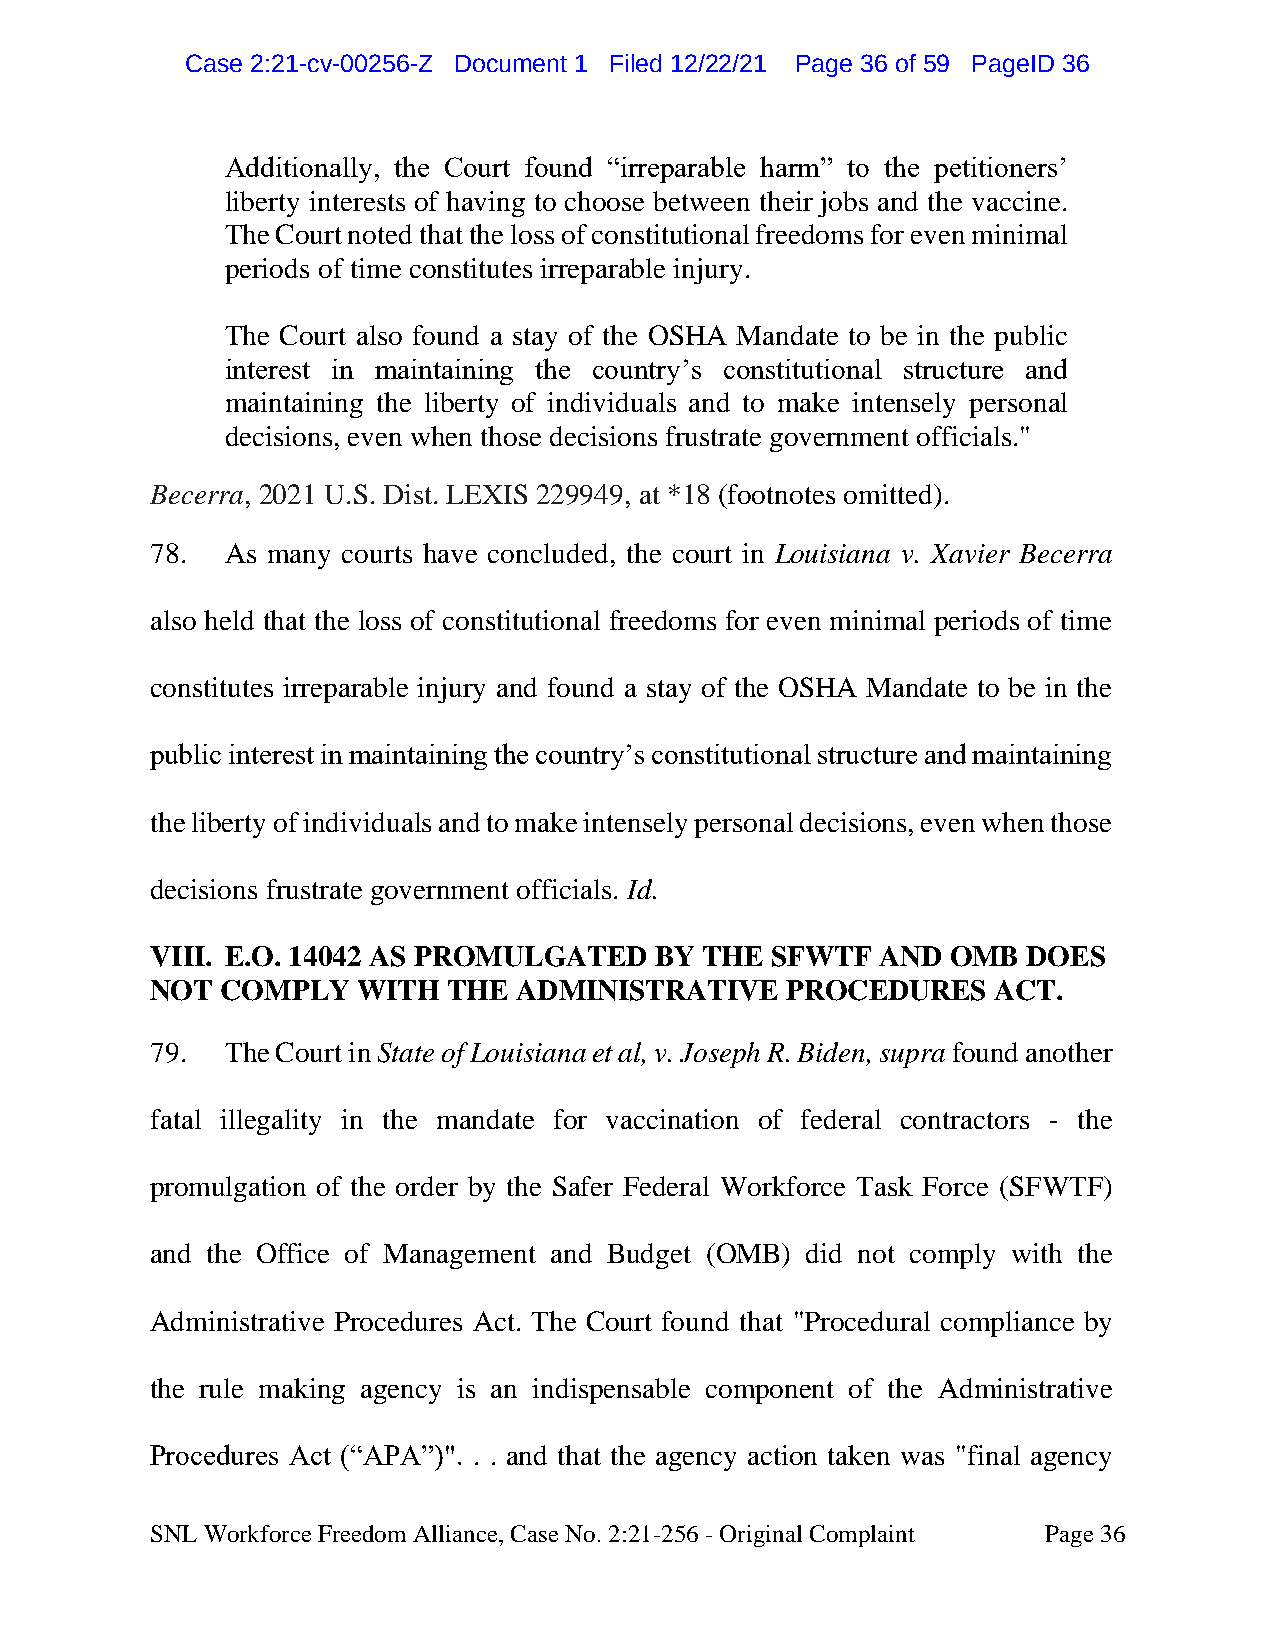
CCaassee 22::2211--ccvv--0000225566--ZZ DDooccuummeenntt 11 FFiilleedd 1122//2222//2211 PPaaggee 3366 ooff 5599 PPaaggeeIIDD 3366
 Additionally, the Court found “irreparable harm” to the petitioners’
 liberty interests of having to choose between their jobs and the vaccine.
 The Court noted that the loss of constitutional freedoms for even minimal
 periods of time constitutes irreparable injury.
 The Court also found a stay of the OSHA Mandate to be in the public
 interest in maintaining the country’s constitutional structure and
 maintaining the liberty of individuals and to make intensely personal
 decisions, even when those decisions frustrate government officials."
 Becerra, 2021 U.S. Dist. LEXIS 229949, at *18 (footnotes omitted).
 78.  As many courts have concluded, the court in Louisiana v. Xavier Becerra
 also held that the loss of constitutional freedoms for even minimal periods of time
 constitutes irreparable injury and found a stay of the OSHA Mandate to be in the
 public interest in maintaining the country’s constitutional structure and maintaining
 the liberty of individuals and to make intensely personal decisions, even when those
 decisions frustrate government officials. Id.
 VIII. E.O. 14042 AS PROMULGATED  BY THE  SFWTF  AND  OMB  DOES
 NOT  COMPLY   WITH  THE ADMINISTRATIVE    PROCEDURES    ACT.
 79.  The Court in State of Louisiana et al, v. Joseph R. Biden, supra found another
 fatal illegality in the mandate for vaccination of federal contractors - the
 promulgation of the order by the Safer Federal Workforce Task Force (SFWTF)
 and the Office of Management and Budget (OMB) did not comply with the
 Administrative Procedures Act. The Court found that "Procedural compliance by
 the rule making agency is an indispensable component of the Administrative
 Procedures Act (“APA”)". . . and that the agency action taken was "final agency
 SNL Workforce Freedom Alliance, Case No. 2:21-256 - Original Complaint Page 36